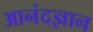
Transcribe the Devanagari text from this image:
आनंदज्ञान